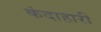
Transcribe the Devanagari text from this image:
कंदाहारी